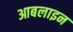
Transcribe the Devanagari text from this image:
आबलाइन